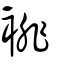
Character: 裶